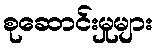
စုဆောင်းမှုများ